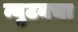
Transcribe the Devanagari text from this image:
न्युटनचा